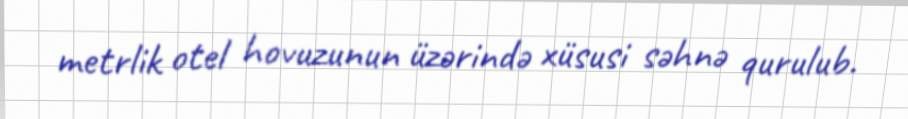
metrlik otel hovuzunun üzərində xüsusi səhnə qurulub.